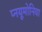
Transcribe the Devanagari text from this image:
प्नयूमोनिया